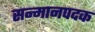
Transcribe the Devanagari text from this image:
सन्मानपदक